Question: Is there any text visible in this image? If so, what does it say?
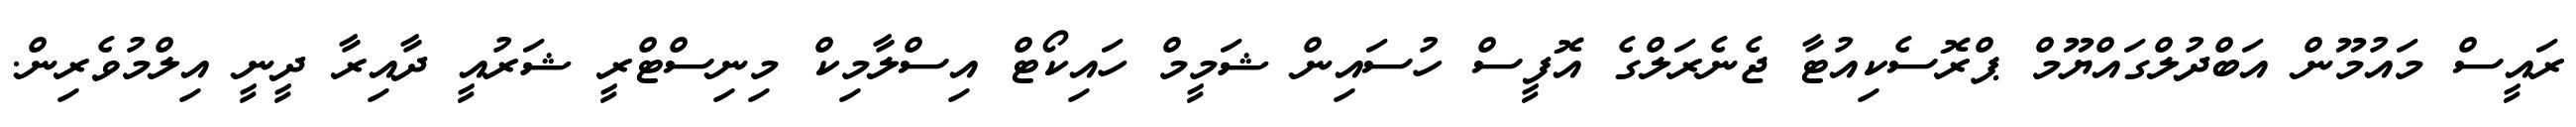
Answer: ރައީސް މައުމޫން އަބްދުލްގައްޔޫމް ޕްރޮސެކިއުޓާ ޖެނެރަލްގެ އޮފީސް ހުސައިން ޝަމީމް ހައިކޯޓް އިސްލާމިކް މިނިސްޓްރީ ޝަރުއީ ދާއިރާ ދީނީ އިލްމުވެރިން.